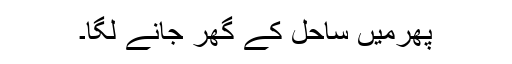
پھرمیں ساحل کے گھر جانے لگا۔